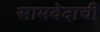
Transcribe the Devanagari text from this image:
सामवेदाची